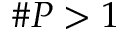
\# P > 1